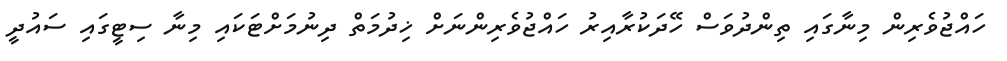
ހައްޖުވެރިން މިނާގައި ތިންދުވަސް ހޭދަކުރާއިރު ހައްޖުވެރިންނަށް ޚިދުމަތް ދިނުމަށްޓަކައި މިނާ ސިޓީގައި ސައުދީ